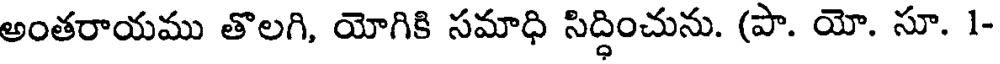
అంతరాయము తొలగి, యోగికి సమాధి సిద్ధించును. (పా. యో. సూ. 1-